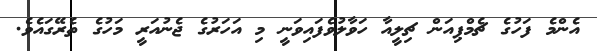
އެންމެ ފަހުގެ ޗެމްޕިއަން ޗިލީއާ ހަވާލުވެފައިވަނީ މި އަހަރުގެ ޖެނުއަރީ މަހުގެ ތެރޭގައެވެ.